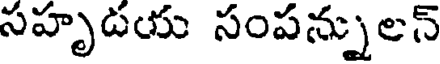
సహృడయ సంపన్నులన్